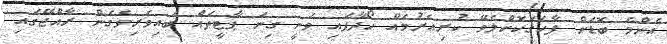
އެންމެ ބޮޑަށް ފާހަގަކޮށްލެވޭ ކުރިއެރުމެއް ހޯދާފައި ވަނީ ގިނަ ޕާޓީތައް ބައިވެރިވެގެން ރާއްޖޭގައި